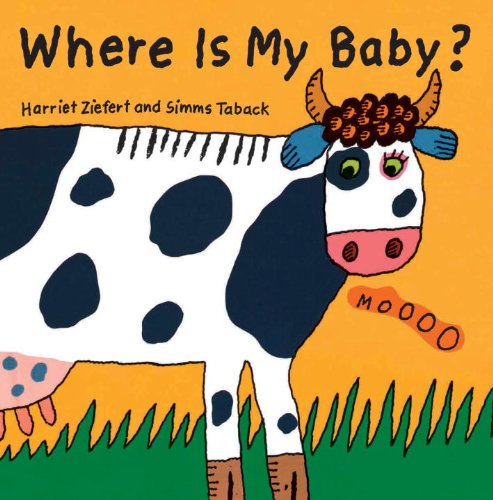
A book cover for Where Is My Baby?; Harriet Ziefert; Children's Books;